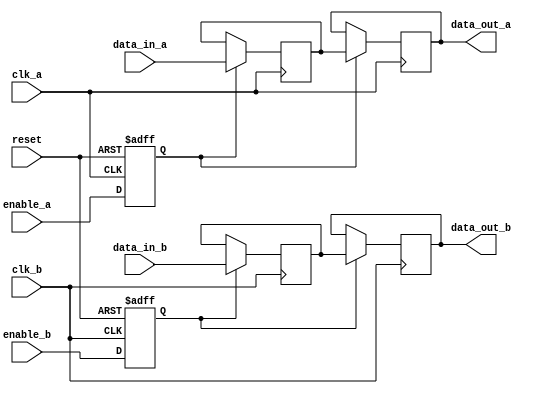
module memory_block_gating (
    input wire clk_a,               // Clock for Domain A
    input wire clk_b,               // Clock for Domain B
    input wire enable_a,            // Control signal for Domain A
    input wire enable_b,            // Control signal for Domain B
    input wire reset,               // Asynchronous reset
    input wire [31:0] data_in_a,    // Data input for Memory Block A
    input wire [31:0] data_in_b,    // Data input for Memory Block B
    output reg [31:0] data_out_a,    // Data output for Memory Block A
    output reg [31:0] data_out_b     // Data output for Memory Block B
);

// Clock Gating Logic for Domain A
reg gated_clk_a;
always @(posedge clk_a or posedge reset) begin
    if (reset) begin
        gated_clk_a <= 1'b0;
    end else begin
        gated_clk_a <= enable_a;
    end
end

// Clock Gating Logic for Domain B
reg gated_clk_b;
always @(posedge clk_b or posedge reset) begin
    if (reset) begin
        gated_clk_b <= 1'b0;
    end else begin
        gated_clk_b <= enable_b;
    end
end

// Memory Block A
reg [31:0] memory_a [0:255]; // 256 x 32-bit memory
always @(posedge clk_a) begin
    if (gated_clk_a) begin
        // Memory access logic for Domain A
        // Example: Write operation
        memory_a[0] <= data_in_a; // Write data to address 0
        // Example: Read operation
        data_out_a <= memory_a[0]; // Read data from address 0
    end
end

// Memory Block B
reg [31:0] memory_b [0:255]; // 256 x 32-bit memory
always @(posedge clk_b) begin
    if (gated_clk_b) begin
        // Memory access logic for Domain B
        // Example: Write operation
        memory_b[0] <= data_in_b; // Write data to address 0
        // Example: Read operation
        data_out_b <= memory_b[0]; // Read data from address 0
    end
end

endmodule